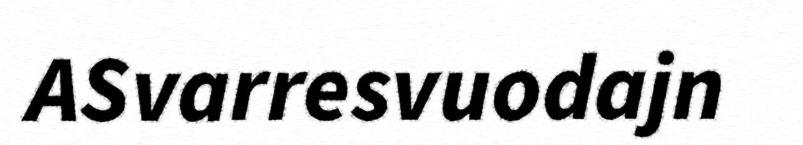
ASvarresvuodajn